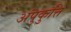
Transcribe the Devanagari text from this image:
अंपुकुत्ति